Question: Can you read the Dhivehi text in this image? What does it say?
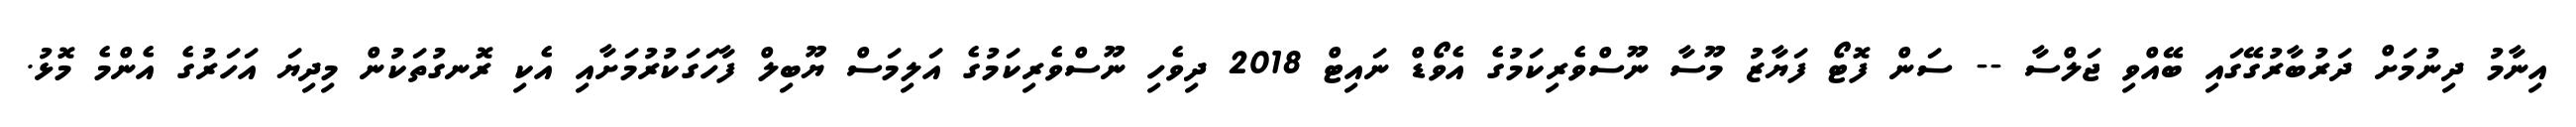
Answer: އިނާމު ދިނުމަށް ދަރުބާރުގޭގައި ބޭއްވި ޖަލްސާ -- ސަން ފޮޓޯ ފަޔާޒު މޫސާ ނޫސްވެރިކަމުގެ އެވޯޑް ނައިޓް 2018 ދިވެހި ނޫސްވެރިކަމުގެ އަލިމަސް ޔޫބިލް ފާހަގަކުރުމަށާއި އެކި ރޮނގުތަކުން މިދިޔަ އަހަރުގެ އެންމެ މޮޅު.